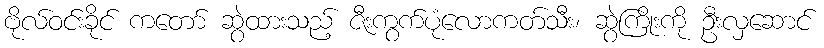
ဗိုလ်ဝင်းခိုင် ကတော် ဆွဲထားသည့် ဇီးကွက်ပုံလောကတ်သီး၊ ဆွဲကြိုးကို ဦးလှဆောင်